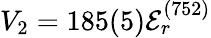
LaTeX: V_{2}=185(5)\mathcal{E}_{r}^{(752)}